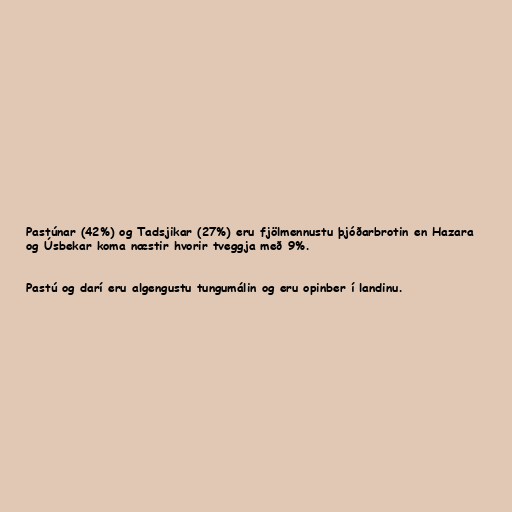
Pastúnar (42%) og Tadsjikar (27%) eru fjölmennustu þjóðarbrotin en Hazara
og Úsbekar koma næstir hvorir tveggja með 9%.

Pastú og darí eru algengustu tungumálin og eru opinber í landinu.